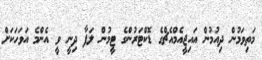
މަތިވަމުން ދިއުމުން އައިޖީއެމްއެޗްގެ ޑޮކްޓަރުންގެ ޓީމުން ލަފާ ދިނީ ވީ އެންމެ އަވަހަކަށް